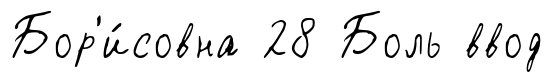
Бор'и́совна 28 Боль ввод